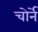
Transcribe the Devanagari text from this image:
चोर्ने